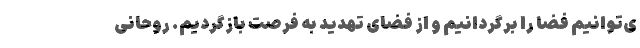
ی‌توانیم فضا را برگردانیم و از فضای تهدید به فرصت بازگردیم. روحانی